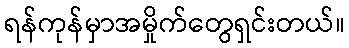
ရန်ကုန်မှာအမှိုက်တွေရှင်းတယ်။